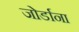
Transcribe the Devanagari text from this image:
जोर्डाना